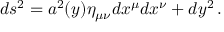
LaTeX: d s ^ { 2 } = a ^ { 2 } ( y ) \eta _ { \mu \nu } d x ^ { \mu } d x ^ { \nu } + d y ^ { 2 } \, .